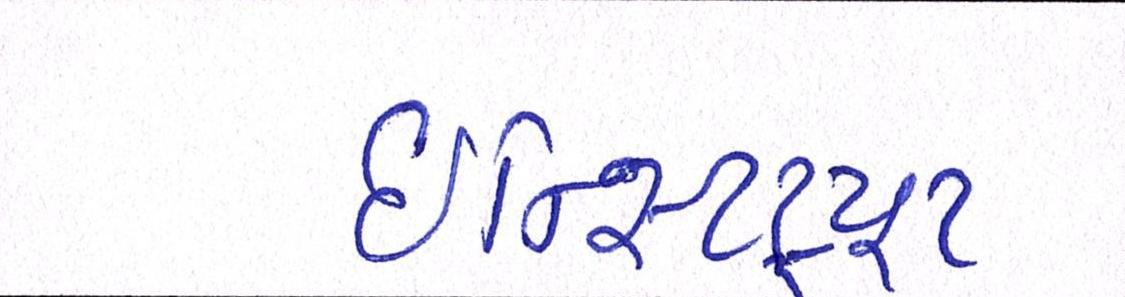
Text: ઈન્સ્ટિટ્યૂટ